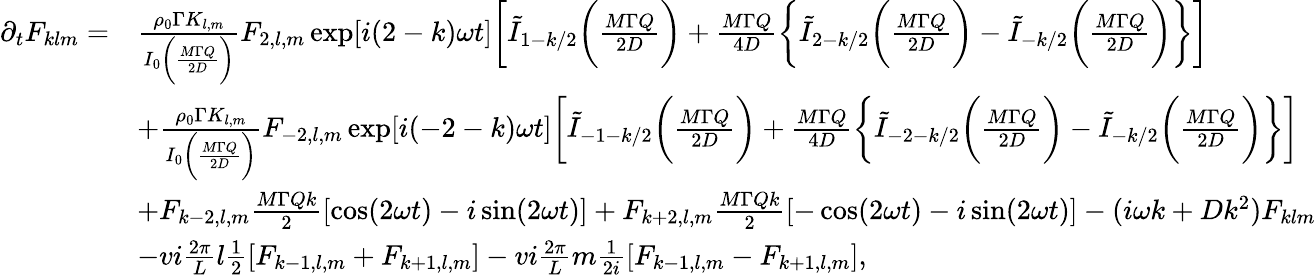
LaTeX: \begin{array}{rl}{\partial_{t}F_{klm}=}&{\frac{\rho_{0}\Gamma K_{l,m}}{I_{0}\bigg(\frac{M\Gamma Q}{2D}\bigg)}F_{2,l,m}\exp[i(2-k)\omega t]\bigg[\tilde{I}_{1-k/2}\bigg(\frac{M\Gamma Q}{2D}\bigg)+\frac{M\Gamma Q}{4D}\bigg\{ \tilde{I}_{2-k/2}\bigg(\frac{M\Gamma Q}{2D}\bigg)-\tilde{I}_{-k/2}\bigg(\frac{M\Gamma Q}{2D}\bigg)\bigg\} \bigg]}\\ &{+\frac{\rho_{0}\Gamma K_{l,m}}{I_{0}\bigg(\frac{M\Gamma Q}{2D}\bigg)}F_{-2,l,m}\exp[i(-2-k)\omega t]\bigg[\tilde{I}_{-1-k/2}\bigg(\frac{M\Gamma Q}{2D}\bigg)+\frac{M\Gamma Q}{4D}\bigg\{ \tilde{I}_{-2-k/2}\bigg(\frac{M\Gamma Q}{2D}\bigg)-\tilde{I}_{-k/2}\bigg(\frac{M\Gamma Q}{2D}\bigg)\bigg\} \bigg]}\\ &{+F_{k-2,l,m}\frac{M\Gamma Qk}{2}[\cos(2\omega t)-i\sin(2\omega t)]+F_{k+2,l,m}\frac{M\Gamma Qk}{2}[-\cos(2\omega t)-i\sin(2\omega t)]-(i\omega k+Dk^{2})F_{klm}}\\ &{-vi\frac{2\pi}{L}l\frac{1}{2}[F_{k-1,l,m}+F_{k+1,l,m}]-vi\frac{2\pi}{L}m\frac{1}{2i}[F_{k-1,l,m}-F_{k+1,l,m}],}\end{array}